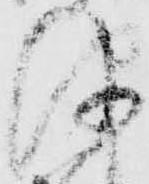
津